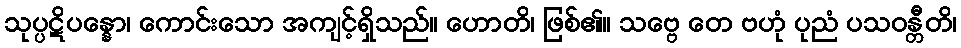
သုပ္ပဋိပန္နော၊ ကောင်းသော အကျင့်ရှိသည်။ ဟောတိ၊ ဖြစ်၏။ သဗ္ဗေ တေ ဗဟုံ ပုညံ ပသဝန္တီတိ၊